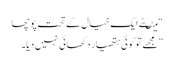
“ میںنے ایک خیال کے تحت پوچھا
”مجھے تو کوئی ہتھیار دکھائی نہیں دیا۔